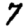
Digit: 7